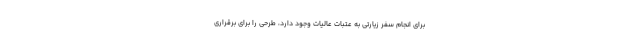
برای انجام سفر زیارتی به عتبات عالیات وجود دارد، طرحی را برای برقراری